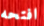
افتحه